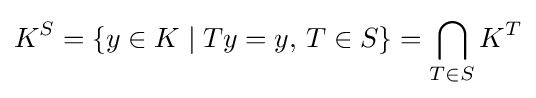
K^{S}=\{y\in K\mid Ty=y,\,T\in S\}=\bigcap _{T\in S}K^{T}